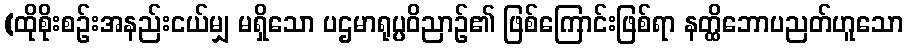
(ထိုစိုးစဉ်းအနည်းငယ်မျှ မရှိသော ပဌမာရုပ္ပဝိညာဉ်၏ ဖြစ်ကြောင်းဖြစ်ရာ နတ္ထိဘောပညတ်ဟူသော